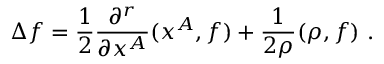
\Delta f = \frac { 1 } { 2 } \frac { \partial ^ { r } } { \partial x ^ { A } } ( x ^ { A } , f ) + \frac { 1 } { 2 \rho } ( \rho , f ) ~ .